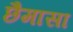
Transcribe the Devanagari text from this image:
छैमासा